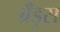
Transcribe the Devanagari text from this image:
ब्रॅंड्स